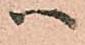
ヘ